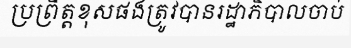
ប្រព្រឹត្តខុសផងត្រូវបានរដ្ឋាភិបាលចាប់